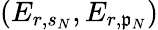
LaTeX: (E_{r,s_{N}},E_{r,\mathfrak{p}_{N}})